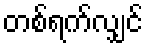
တစ်ရက်လျှင်